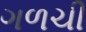
ગળચી